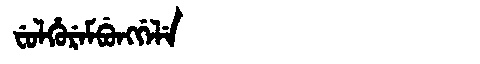
Manchu: ᠸᡠᠯᡥᡠᡵᡝᠮᠪᡠᠩᡤᡝᠯᡝ
Romanization: FULHUREMBUNGGELE